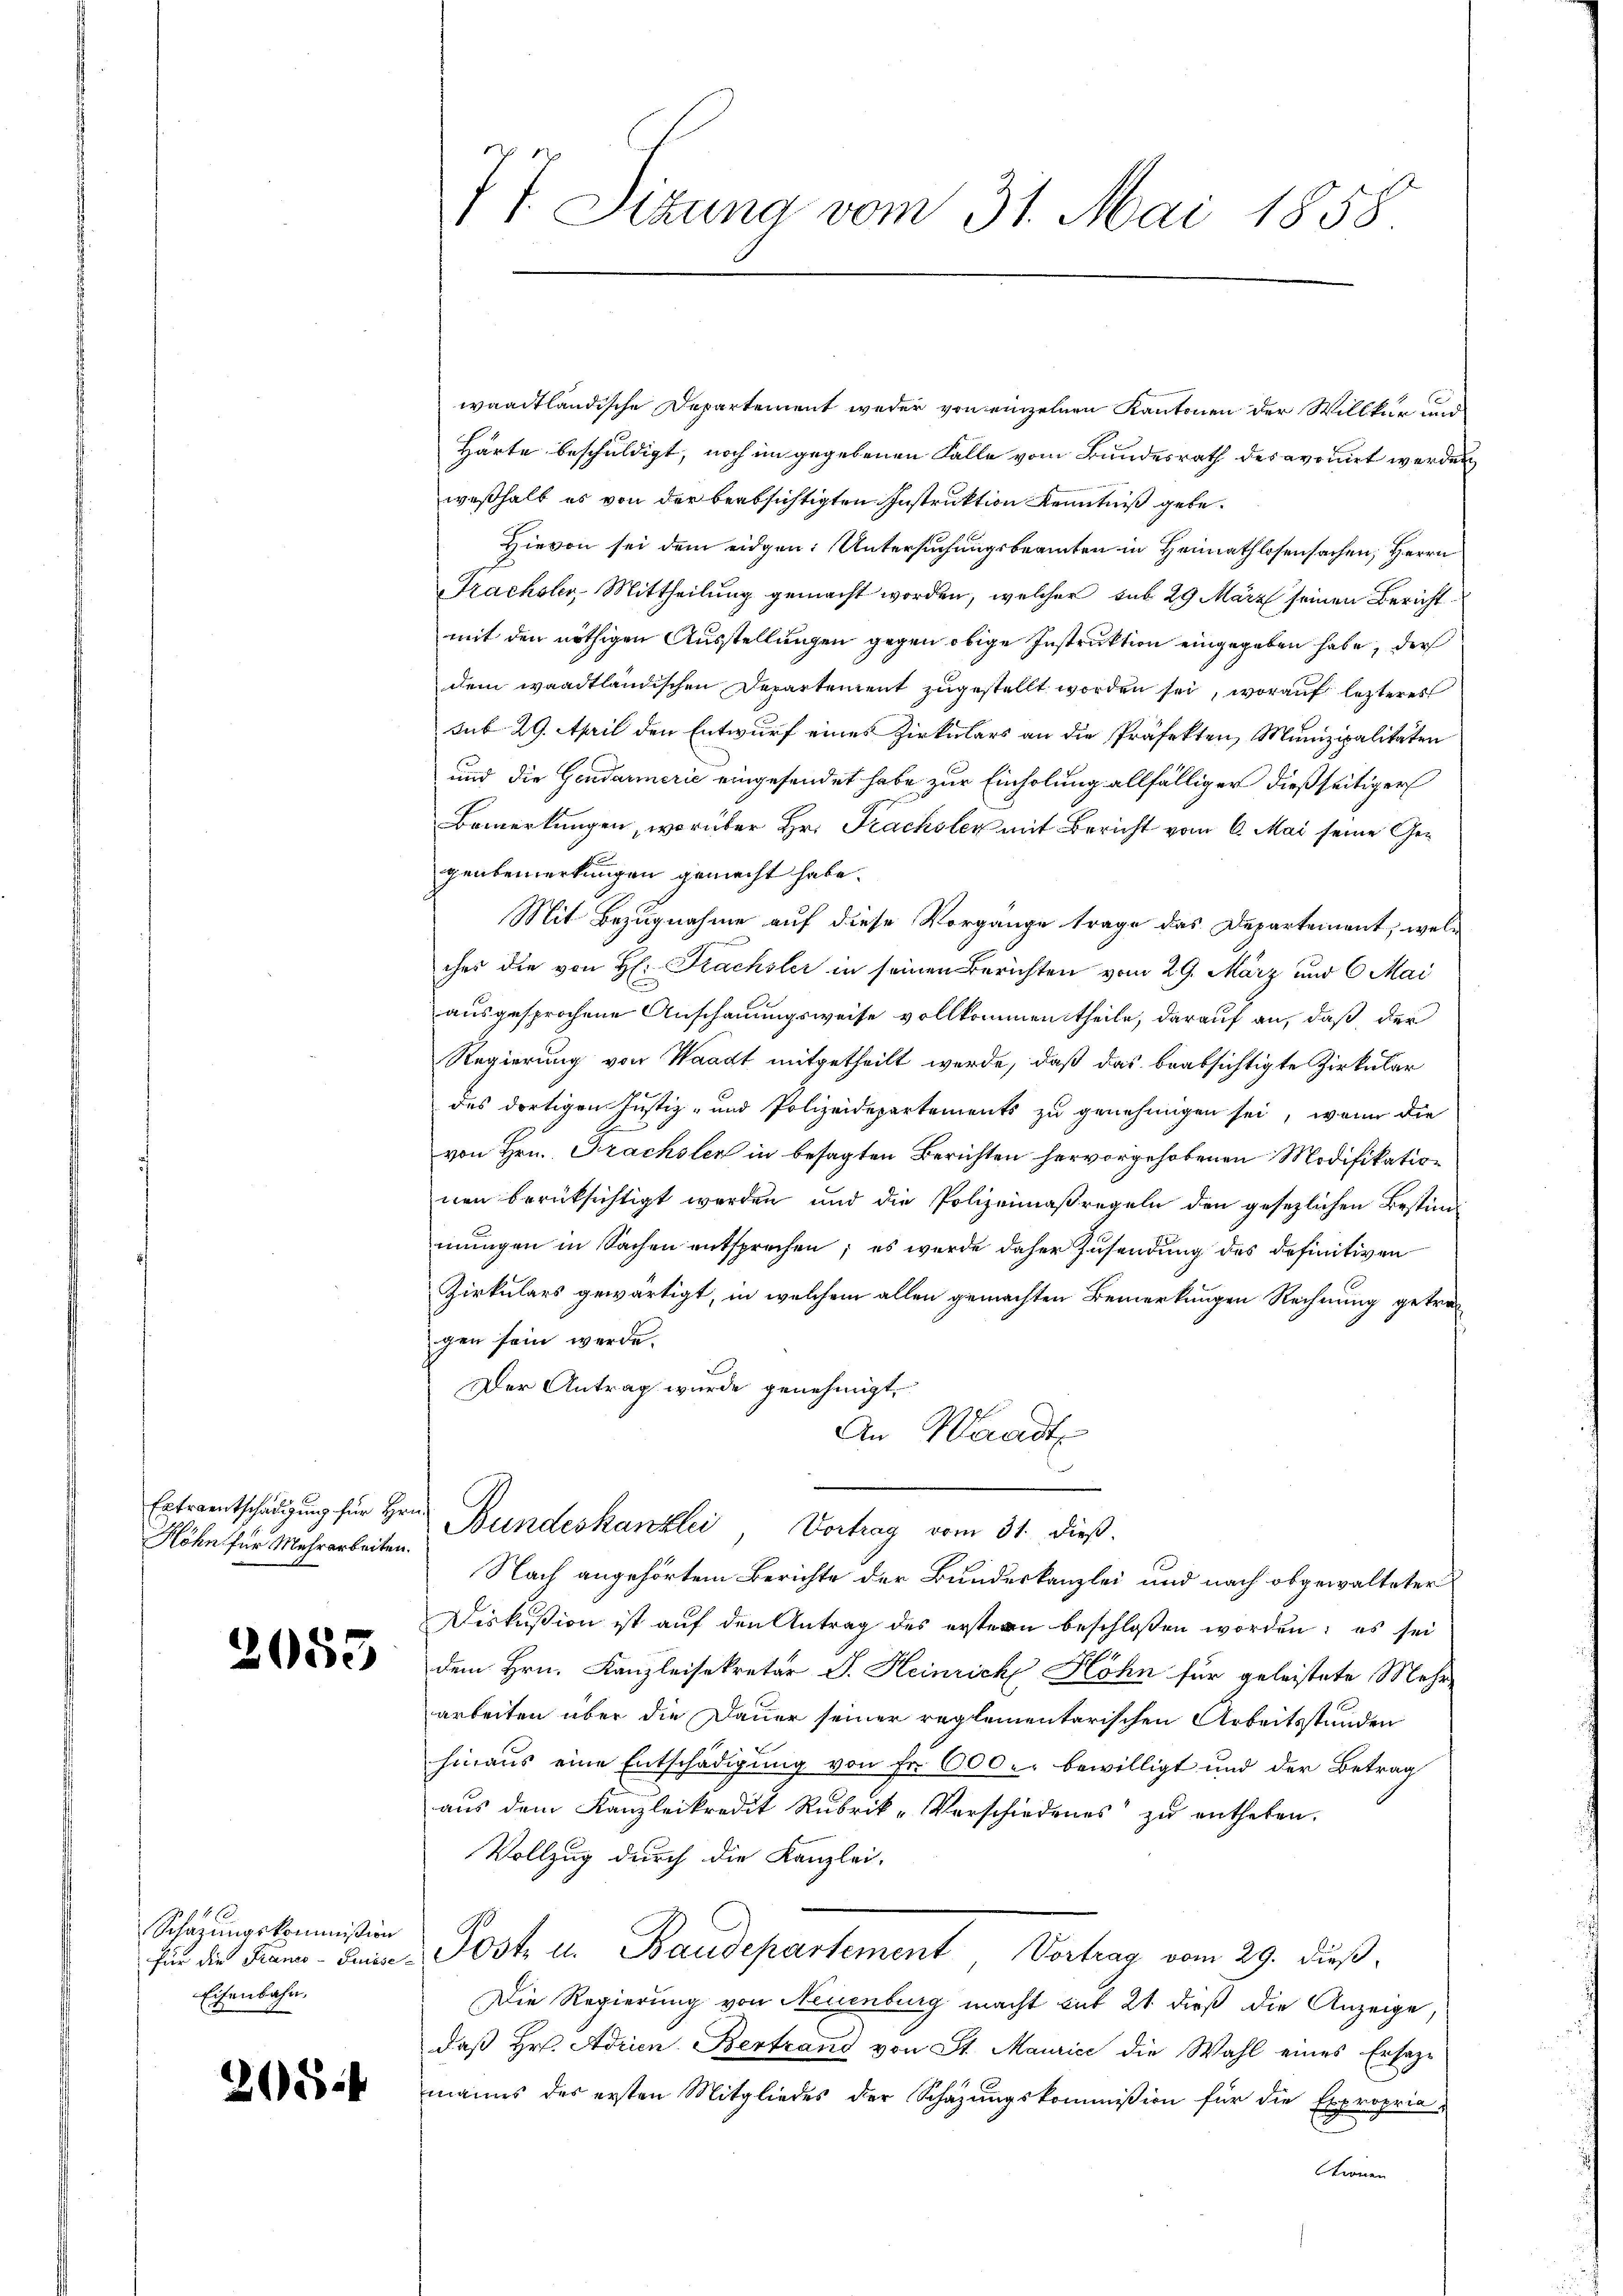
Höhn für Mehrarbeiten.

2055

Schazungskommißion
für die Franco-Grusse-
Eisenbahn,

208 f

IT. Sizung vom 31. Mai 1858.

waadtländische Departement weder von einzelnen Kantonen der Willkür und
Härte beschuldigt, noch im gegebenen Falle vom Bundesrath des avouirt werden
weßhalb es von der beabsichtigten Instruktion Kenntniß gebe.
Hievon sei dem eidgen: Untersuchungsbeamten in Heimathlosensachen, Herrn
Frachsler, Mittheilung gemacht worden, welcher sub 29 März seinen Bericht
mit den nöthigen Ausstellungen gegen obige Instruktion eingegeben habe, der
dem waadtländischen Departement zugestellt worden sei, worauf letzteres
sub 29. April den Entwurf eines Zirkulars an die Präfekten, Munizipalitäten
und die Gendarmerie eingesendet habe zur Einholung allfälliger dießseitiger
Bemerkungen, worüber Hr. Frachsler mit Bericht vom 6. Mai seine Gegenbemerkungen gemacht habe.
Mit Bezugnahme auf diese Vorgange trage das Departement, welc
ches die von H: Frachsler in seinen Berichten vom 29. März und 6 Mai
ausgesprochene Anschauungsweise vollkommen theile, darauf an, daß der
Regierung von Waadt mitgetheilt werde, daß das beabsichtigte Zirkular
des dortigen Justiz- und Polizeidepartements zu genehmigen sei, wenn die
von Hrn. Prachsler in besagten Berichten hervorgehobenen Modifikation
nen berüksichtigt werden und die Polizeimaßregeln den gesezlichen Bestimmungen in Sachen entsprechen; es wurde daher Zusendung des definitiven
Zirkulars gewärtigt, in welchem allen gemachten Bemerkungen Rechnung getragen sein werde.
Der Antrag wurde genehmigt.
An Waadt
Extramtschädigung für Hrn. Bundeskanzlei Vortrag vom 31. dieß.
Nach angehörtem Berichte der Bundeskanzlei und nach obgewalteter
Diskußion ist auf den Antrag des erstern beschlossen worden; es sei
dem Hrn. Kanzleisekretär J. Heinrich Höhn für geleistete Mehr-
arbeiten über die Dauer seiner reglementarischen Arbeitsstunden
hinaus eine Entschädigung von Fr. 600. bewilligt und der Betrag
aus dem Kanzleikredit Rubrik-Verschiedenes zu entheben.
Vollzug durch die Kanzlei-
Post u. Baudepartement Vortrag vom 29. dieß,
Die Regierung von Neuenburg macht mit 21. dieß die Anzeige
daß Hr. Adrien. Bertrand von St. Maurici die Wahl eines Ersazmanns des ersten Mitgliedes der Schäzŭngskommission für die Exproprie-
tronen